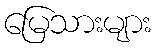
မြေသားများ